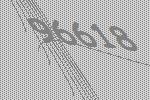
96618